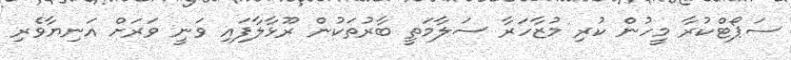
ސަޕޯޓްކުރާ މީހުން ކުރި މުޒާހަރާ ސަލާމަތީ ބާރުތަކުން ރޫޅާލާފައި ވަނީ ވަރަށް އަނިޔާވެރި